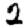
Digit: 2